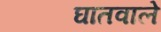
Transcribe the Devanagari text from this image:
घातवाले